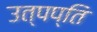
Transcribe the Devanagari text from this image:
उत्पप्ति